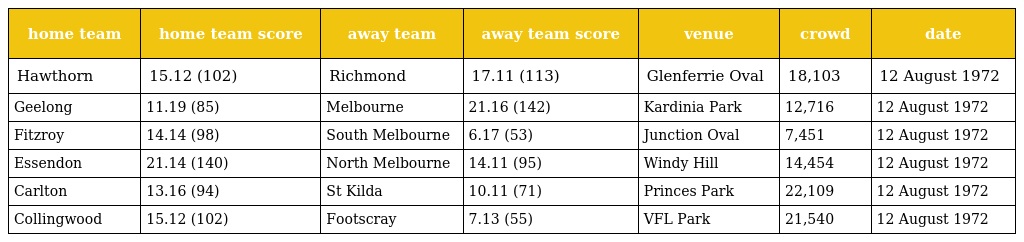
| home team | home team score | away team | away team score | venue | crowd | date |
 | --- | --- | --- | --- | --- | --- | --- |
 | Hawthorn | 15.12 (102) | Richmond | 17.11 (113) | Glenferrie Oval | 18,103 | 12 August 1972 |
 | Geelong | 11.19 (85) | Melbourne | 21.16 (142) | Kardinia Park | 12,716 | 12 August 1972 |
 | Fitzroy | 14.14 (98) | South Melbourne | 6.17 (53) | Junction Oval | 7,451 | 12 August 1972 |
 | Essendon | 21.14 (140) | North Melbourne | 14.11 (95) | Windy Hill | 14,454 | 12 August 1972 |
 | Carlton | 13.16 (94) | St Kilda | 10.11 (71) | Princes Park | 22,109 | 12 August 1972 |
 | Collingwood | 15.12 (102) | Footscray | 7.13 (55) | VFL Park | 21,540 | 12 August 1972 |